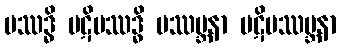
ပဿဒ္ဓိ ပဋိပဿဒ္ဓိ ပဿမ္ဘနာ ပဋိပဿမ္ဘနာ